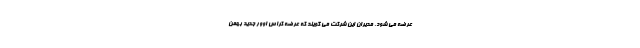
عرضه می شود. مدیران این شرکت می گویند که عرضه کراس اوور جدید بهمن